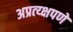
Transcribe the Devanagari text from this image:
अप्रत्य्क्षपणे